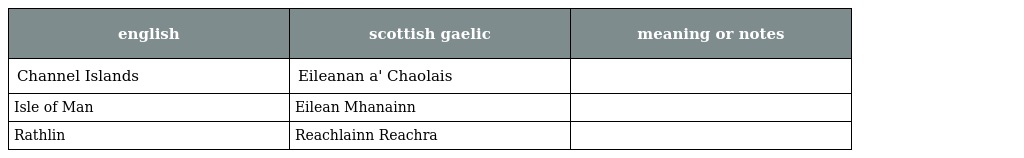
| english | scottish gaelic | meaning or notes |
 | --- | --- | --- |
 | Channel Islands | Eileanan a' Chaolais |  |
 | Isle of Man | Eilean Mhanainn |  |
 | Rathlin | Reachlainn Reachra |  |